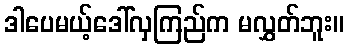
ဒါပေမယ့်ဒေါ်လှကြည်က မလွှတ်ဘူး။